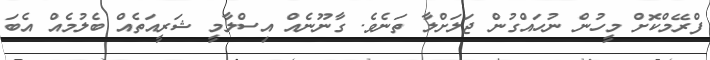
ފްރޭމްކޮށް މީހުން ނުހައްގުން ޖަލަށްލާ ތަނެވެ. ގާނޫނެއް އިސްލާމީ ޝަރީއަތެއް ބެލުމެއް އެބަ